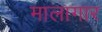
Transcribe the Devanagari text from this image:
मालागार